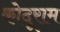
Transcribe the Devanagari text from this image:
कोदूराम